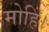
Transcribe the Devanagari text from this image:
मोहिं।